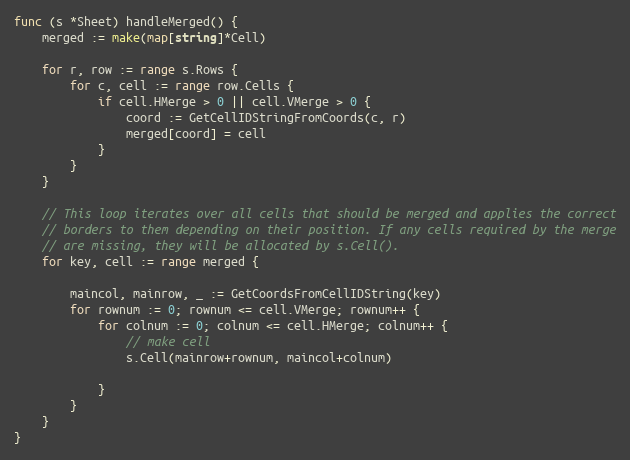
Language: Go
func (s *Sheet) handleMerged() {
	merged := make(map[string]*Cell)

	for r, row := range s.Rows {
		for c, cell := range row.Cells {
			if cell.HMerge > 0 || cell.VMerge > 0 {
				coord := GetCellIDStringFromCoords(c, r)
				merged[coord] = cell
			}
		}
	}

	// This loop iterates over all cells that should be merged and applies the correct
	// borders to them depending on their position. If any cells required by the merge
	// are missing, they will be allocated by s.Cell().
	for key, cell := range merged {

		maincol, mainrow, _ := GetCoordsFromCellIDString(key)
		for rownum := 0; rownum <= cell.VMerge; rownum++ {
			for colnum := 0; colnum <= cell.HMerge; colnum++ {
				// make cell
				s.Cell(mainrow+rownum, maincol+colnum)

			}
		}
	}
}